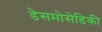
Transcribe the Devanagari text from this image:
डेसमोसेडिकी